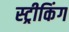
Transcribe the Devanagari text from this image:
स्ट्रीकिंग